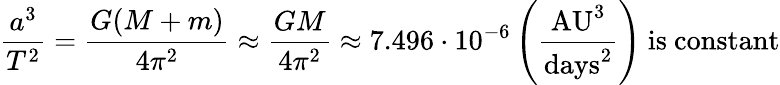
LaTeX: {\frac{a^{3}}{T^{2}}}={\frac{G(M+m)}{4\pi^{2}}}\approx{\frac{GM}{4\pi^{2}}}\approx 7.496\cdot 10^{-6}\left({\frac{{\mathrm{AU}}^{3}}{{\mathrm{days}}^{2}}}\right){\mathrm{~is~constant}}